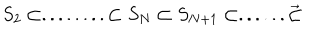
S _ { 2 } \subset . . . . . . . . \subset S _ { N } \subset S _ { N + 1 } \subset . . . . . . \vec { \subset }